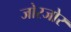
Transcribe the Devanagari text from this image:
जोरजोर